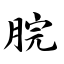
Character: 脘